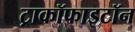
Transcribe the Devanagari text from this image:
ट्राकॉफाइटॉन